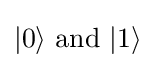
|0\rangle {\text{ and }}|1\rangle